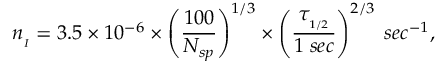
n _ { _ I } = 3 . 5 \times 1 0 ^ { - 6 } \times \left( \frac { 1 0 0 } { N _ { s p } } \right) ^ { 1 / 3 } \times \left( \frac { \tau _ { _ { 1 / 2 } } } { 1 \; s e c } \right) ^ { 2 / 3 } \; s e c ^ { - 1 } ,